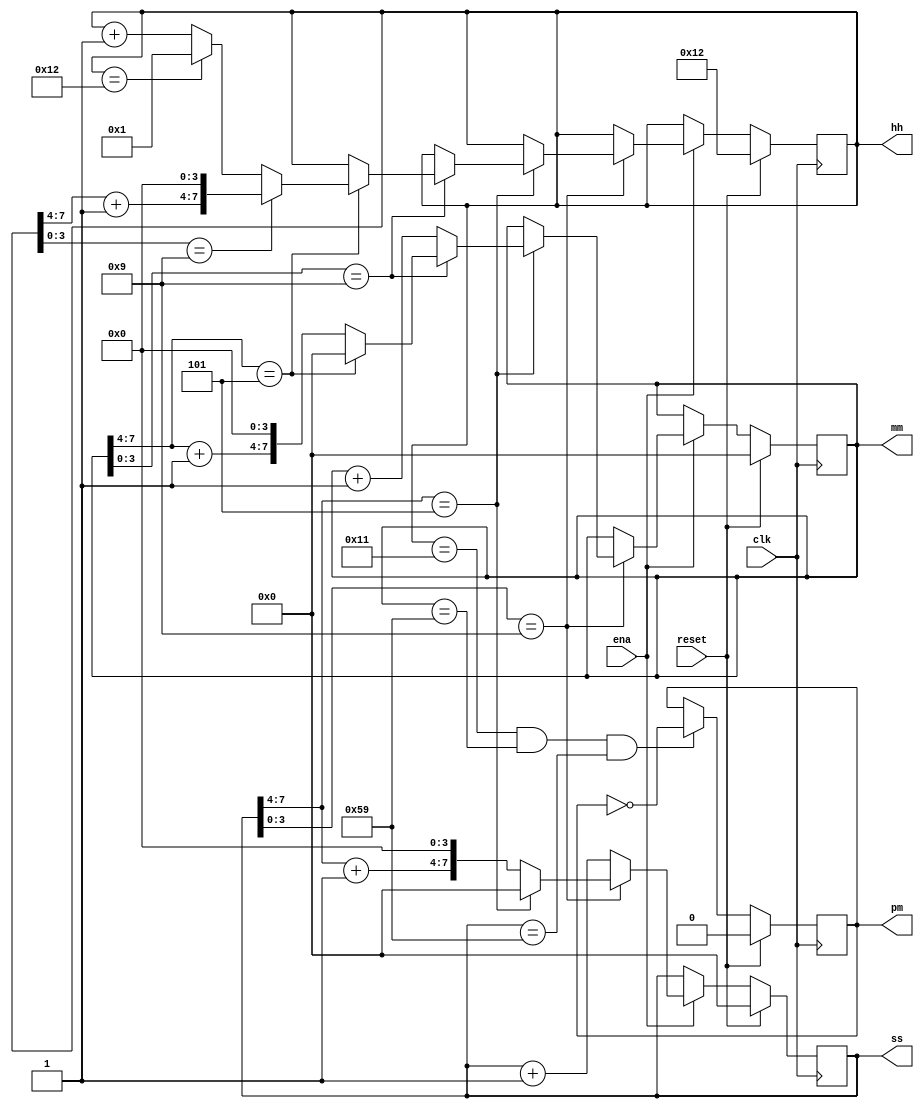
module top_module(
    input clk,
    input reset,
    input ena,
    output reg pm,
    output reg [7:0] hh,
    output reg [7:0] mm,
    output reg [7:0] ss); 

always @(posedge clk)
begin
    if(reset)   
    begin
        hh <= 8'b0001_0010;
        mm <= 8'd0;
        ss <= 8'd0;
    end
    else if(ena)
    begin
        // ss
        if(ss[3:0] == 4'b1001)
        begin
            if(ss[7:4] == 4'b0101)
            begin
                ss <= 8'b0000_0000;

                // mm
                if(mm[3:0] == 4'b1001)
                begin
                    if(mm[7:4] == 4'b0101)
                    begin
                        mm <= 8'b0000_0000;

                        // hh
                        if(hh[3:0] == 4'b1001)
                        begin
                            hh <= {hh[7:4]+4'b0001, 4'd0000};
                        end
                        else if(hh == 8'b0001_0010)
                            hh <= 8'b0000_0001;
                        else
                            hh <= hh + 8'b0000_0001;   // hh complete
                    end
                    else
                    begin
                        mm <= {{mm[7:4]+4'b0001}, 4'b0000};
                    end
                end     
                else
                    mm <= mm +8'b0000_0001;// mm complete
            end
            else
            begin
                 ss <= {{ss[7:4]+4'b0001}, 4'b0000};
            end
        end
        else
        begin
            ss <= ss + 8'b0000_0001;
        end       // ss complete
    end
end

// contral pm or am
always @(posedge clk)
begin
    if(reset)
        pm <= 1'b0;
    else
        if((hh == 8'b0001_0001)&(mm == 8'b0101_1001)&(ss == 8'b0101_1001))
            pm <= ~pm;
end

endmodule